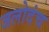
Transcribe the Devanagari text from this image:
जलोदंच